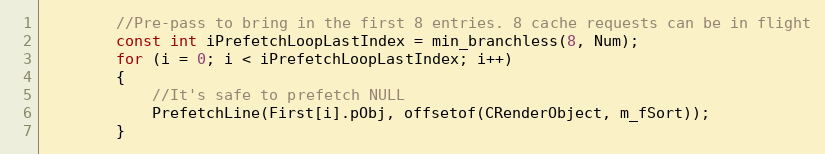
Language: C++
		//Pre-pass to bring in the first 8 entries. 8 cache requests can be in flight
		const int iPrefetchLoopLastIndex = min_branchless(8, Num);
		for (i = 0; i < iPrefetchLoopLastIndex; i++)
		{
			//It's safe to prefetch NULL
			PrefetchLine(First[i].pObj, offsetof(CRenderObject, m_fSort));
		}